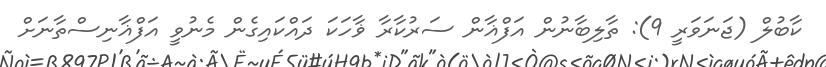
ކާބުލް (ޖަނަވަރީ 9): ތާލިބާނުން އަފްޣާން ސަރުކާރާ ޥާހަކަ ދައްކައިގެން މެނުވީ އަފްޣާނިސްތާނަށް